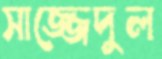
সাজ্জেদুল